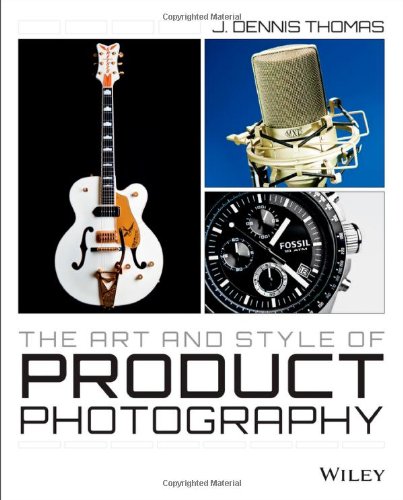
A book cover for The Art and Style of Product Photography; J. Dennis Thomas; Arts & Photography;